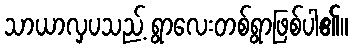
သာယာလှပသည့် ရွာလေးတစ်ရွာဖြစ်ပါ၏။